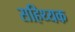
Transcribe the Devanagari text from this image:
सहिथ्यक